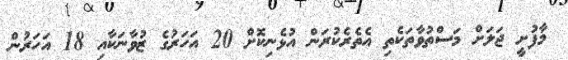
މާފުށީ ޖަލަށް މަސްތުވާތަކެތި އެތެރެކުރަން އުޅެނިކޮށް 20 އަހަރުގެ ޒުވާނަކާއި 18 އަހަރުން